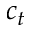
c _ { t }